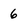
Character: 6